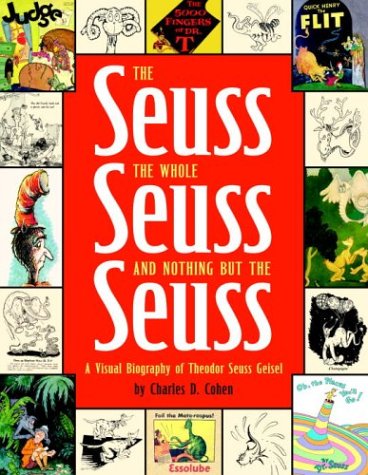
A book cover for The Seuss, the Whole Seuss and Nothing But the Seuss: A Visual Biography of Theodor Seuss Geisel; Charles D. Cohen; Children's Books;